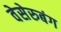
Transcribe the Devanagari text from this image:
वेसेरुबंग